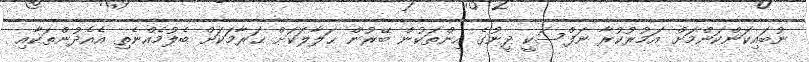
ނުބައިކަންކަންމަށް އަމުރުކުރާ ނަފްސަކީ ދީނުގެ އިންތަކުން ބޭރުން ޙަލާލަކަށް ޙަރާމަކަށް ބެލުމެއްނެތި އެއެދުންތަކާއި